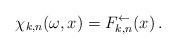
LaTeX: \begin{align*} \chi_{k,n}(\omega,x)=F_{k,n}^\leftarrow(x)\,.\end{align*}